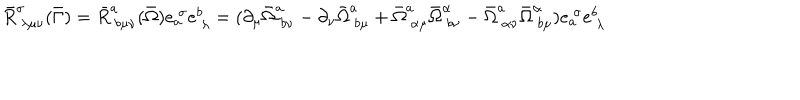
\bar { R } _ { ~ \lambda \mu \nu } ^ { \sigma } ( \bar { \Gamma } ) = \bar { R } _ { ~ b \mu \nu } ^ { a } ( \bar { \Omega } ) e _ { a } ^ { ~ \sigma } e _ { ~ \lambda } ^ { b } = ( \partial _ { \mu } \bar { \Omega } _ { ~ b \nu } ^ { a } - \partial _ { \nu } \bar { \Omega } _ { ~ b \mu } ^ { a } + \bar { \Omega } _ { ~ \alpha \mu } ^ { a } \bar { \Omega } _ { ~ b \nu } ^ { \alpha } - \bar { \Omega } _ { ~ \alpha \nu } ^ { a } \bar { \Omega } _ { ~ b \mu } ^ { \alpha } ) e _ { a } ^ { ~ \sigma } e _ { ~ \lambda } ^ { b }